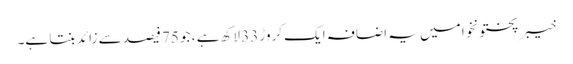
خیبر پختونخوا میں یہ اضافہ ایک کروڑ 33 لاکھ ہے ، جو 75 فیصد سے زائد بنتا ہے۔